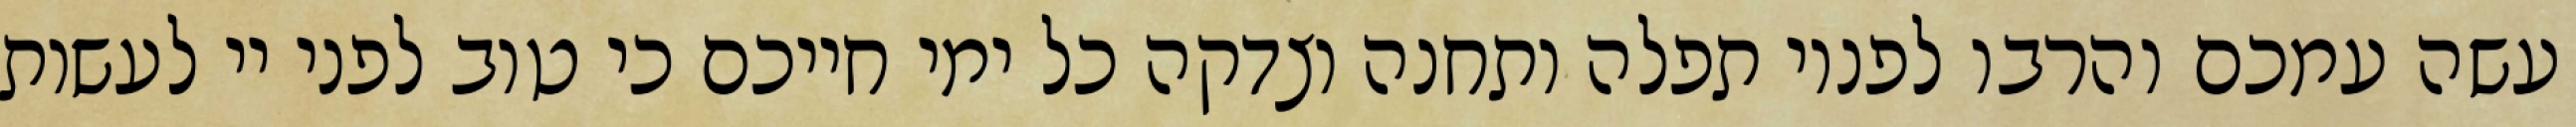
עשה עמכם והרבו לפניו תפלה ותחנה וצדקה כל ימי חייכם כי טוב לפני יי לעשות